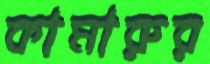
কামারুর